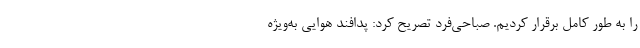
را به طور کامل برقرار کردیم. صباحی‌فرد تصریح کرد: پدافند هوایی به‌ویژه